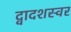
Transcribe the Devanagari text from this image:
द्वादशस्वर